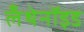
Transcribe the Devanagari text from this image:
लँथेनॉइड